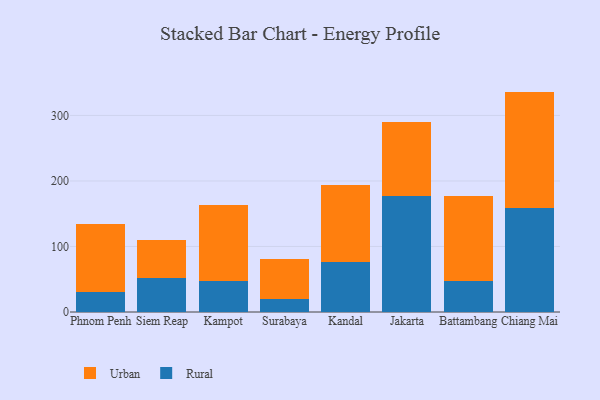
{"axis": {"x": "City", "y": "Humidity (%)"}, "legend": ["Rural", "Urban"], "data": [{"x": "Phnom Penh", "y": 30.9, "type": "Rural"}, {"x": "Phnom Penh", "y": 102.9, "type": "Urban"}, {"x": "Siem Reap", "y": 52.3, "type": "Rural"}, {"x": "Siem Reap", "y": 57.7, "type": "Urban"}, {"x": "Kampot", "y": 46.9, "type": "Rural"}, {"x": "Kampot", "y": 115.7, "type": "Urban"}, {"x": "Surabaya", "y": 19.4, "type": "Rural"}, {"x": "Surabaya", "y": 61.5, "type": "Urban"}, {"x": "Kandal", "y": 76.5, "type": "Rural"}, {"x": "Kandal", "y": 118.0, "type": "Urban"}, {"x": "Jakarta", "y": 177.6, "type": "Rural"}, {"x": "Jakarta", "y": 112.7, "type": "Urban"}, {"x": "Battambang", "y": 47.0, "type": "Rural"}, {"x": "Battambang", "y": 129.5, "type": "Urban"}, {"x": "Chiang Mai", "y": 158.7, "type": "Rural"}, {"x": "Chiang Mai", "y": 177.7, "type": "Urban"}]}